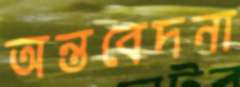
অন্তবেদনা